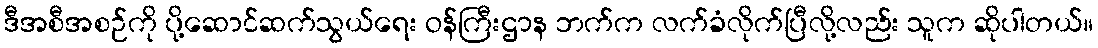
ဒီအစီအစဉ်ကို ပို့ဆောင်ဆက်သွယ်ရေး ဝန်ကြီးဌာန ဘက်က လက်ခံလိုက်ပြီလို့လည်း သူက ဆိုပါတယ်။